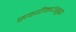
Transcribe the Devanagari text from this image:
सवयींमधेसुद्धा